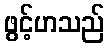
ဖွင့်ဟသည်